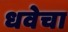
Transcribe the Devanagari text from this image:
धवेचा